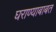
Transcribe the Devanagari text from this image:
घराण्याबाबत